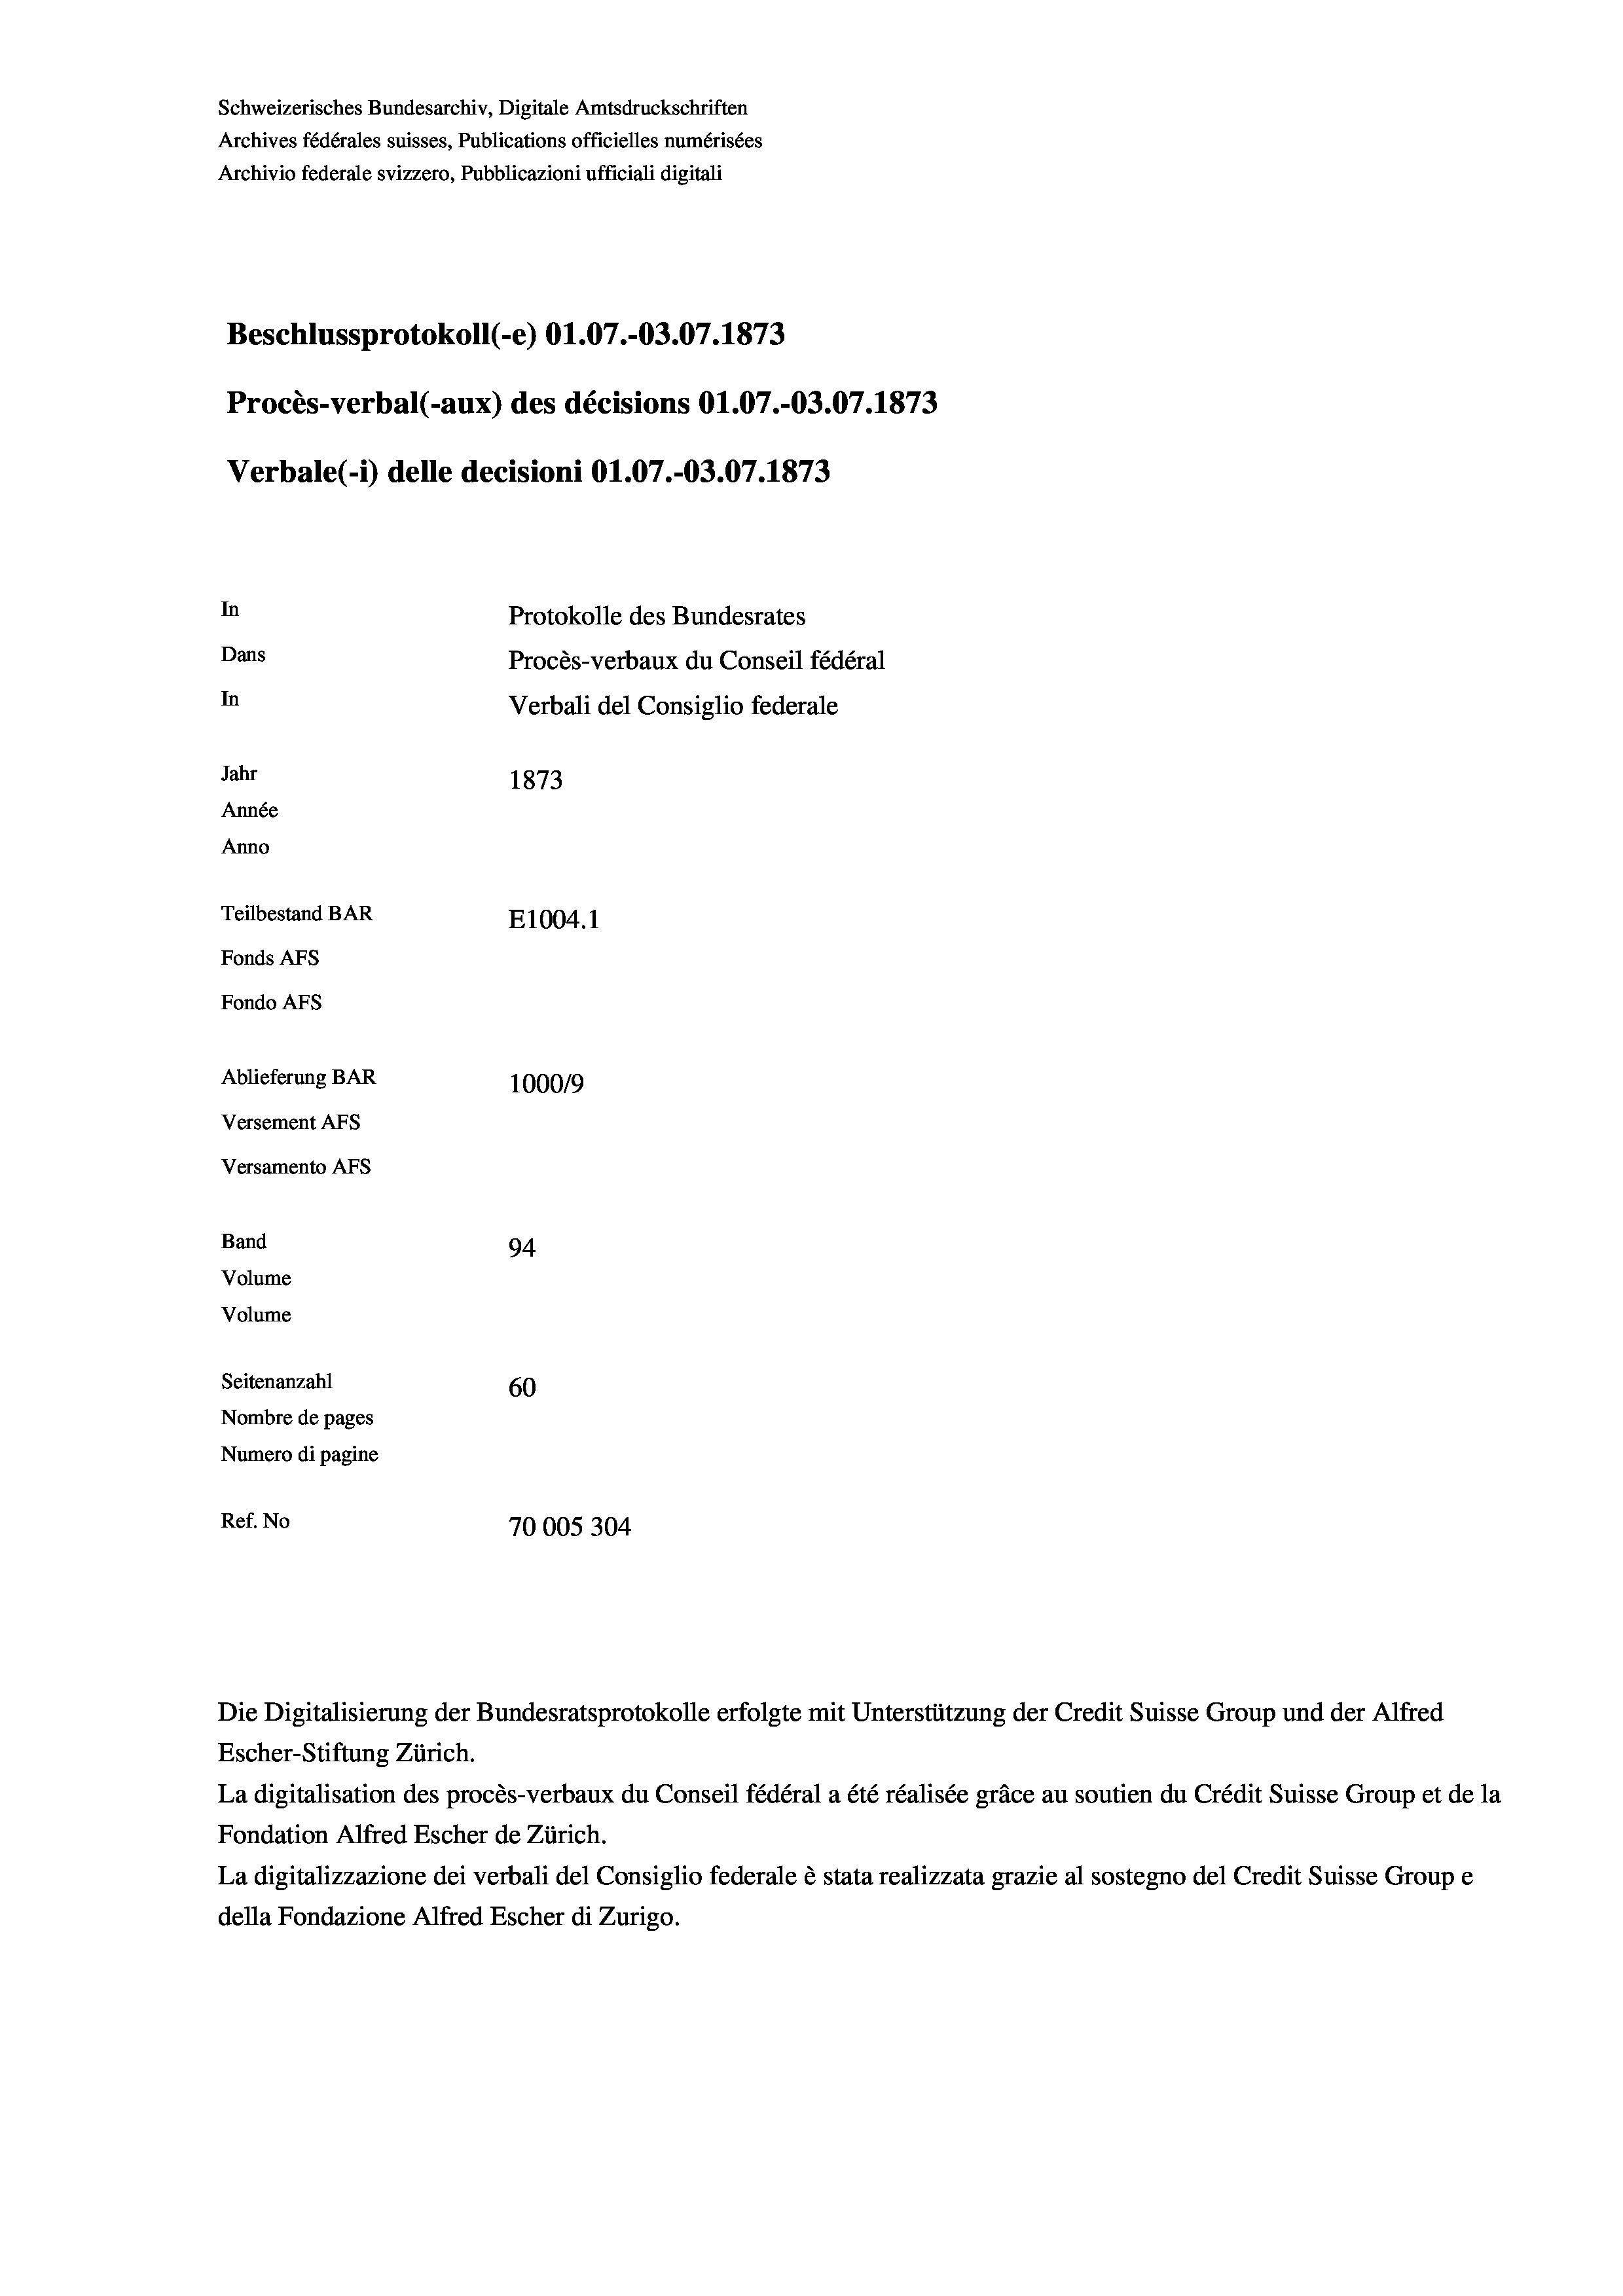
Schweizerisches Bundesarchiv, Digitale Amtsdruckschriften
Archives fédérales suisses, Publications officielles numérisées
Archivio federale svizzero, Pubblicazioni ufficiali digitali
Beschlussprotokoll (-e) O1.07.-O3.07. 1873
Procès-verbal (-aux) des décisions O1.07.-O3.07. 1873
Verbale (- 1) delle decisioni Ol.07.-O3.07. 1873
In
Protokolle des Bundesrates
Dans
Procès-verbaux du Conseil fédéral
In
Verbali del Consiglio federale
Jahr
1873
Année
Anno
Teilbestand BAR
E1004. 1
Fonds AFs
Fondo AFS
Ablieferung BAR
100019
Versement AFs
Versamento Afs

94
Seitenanzahl
60
Nombre de pages
Numero di pagine
Ref. No
70005304

Band
Volume
Volume

Escher-Stiftung Zürich.
La digitalisation des procès-verbaux du Conseil fédéral a été réalisée gräce au soutien du Crédit Suisse Group et de la
Fondation Alfred Escher de Zürich.
La digitalizzazione dei verbali del Consiglio federale è stata realizzata grazie al sostegno del Credit Suisse Groupe
della Fondazione Alfred Escher di Zurigo.

Die Digitalisierung der Bundesratsprotokolle erfolgte mit Unterstützung der Credit Suisse Group und der Alfred